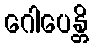
ဂေါပေန္တိ